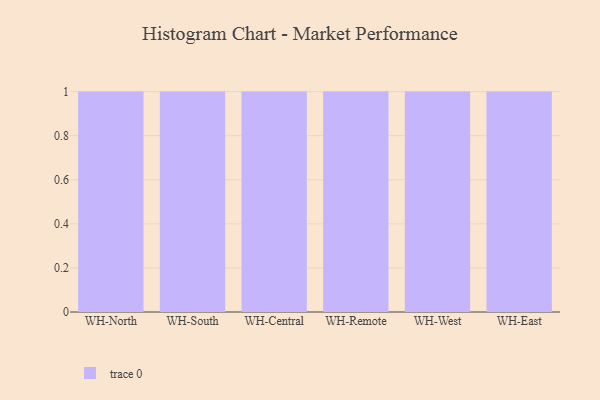
{"axis": {"x": "Warehouse", "y": "Budget (USD K)"}, "legend": [""], "data": [{"x": "WH-North", "y": 34, "type": ""}, {"x": "WH-South", "y": 97, "type": ""}, {"x": "WH-Central", "y": 80, "type": ""}, {"x": "WH-Remote", "y": 38, "type": ""}, {"x": "WH-West", "y": 80, "type": ""}, {"x": "WH-East", "y": 99, "type": ""}]}